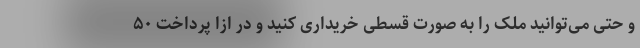
و حتی می‌توانید ملک را به صورت قسطی خریداری کنید و در ازا پرداخت ۵۰